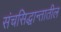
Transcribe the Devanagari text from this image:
संचसिद्धान्तातील